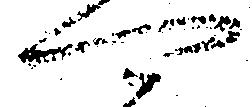
可